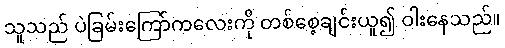
သူသည် ပဲခြမ်းကြော်ကလေးကို တစ်စေ့ချင်းယူ၍ ဝါးနေသည်။